Mustjala_vallavalitsus, lk 38
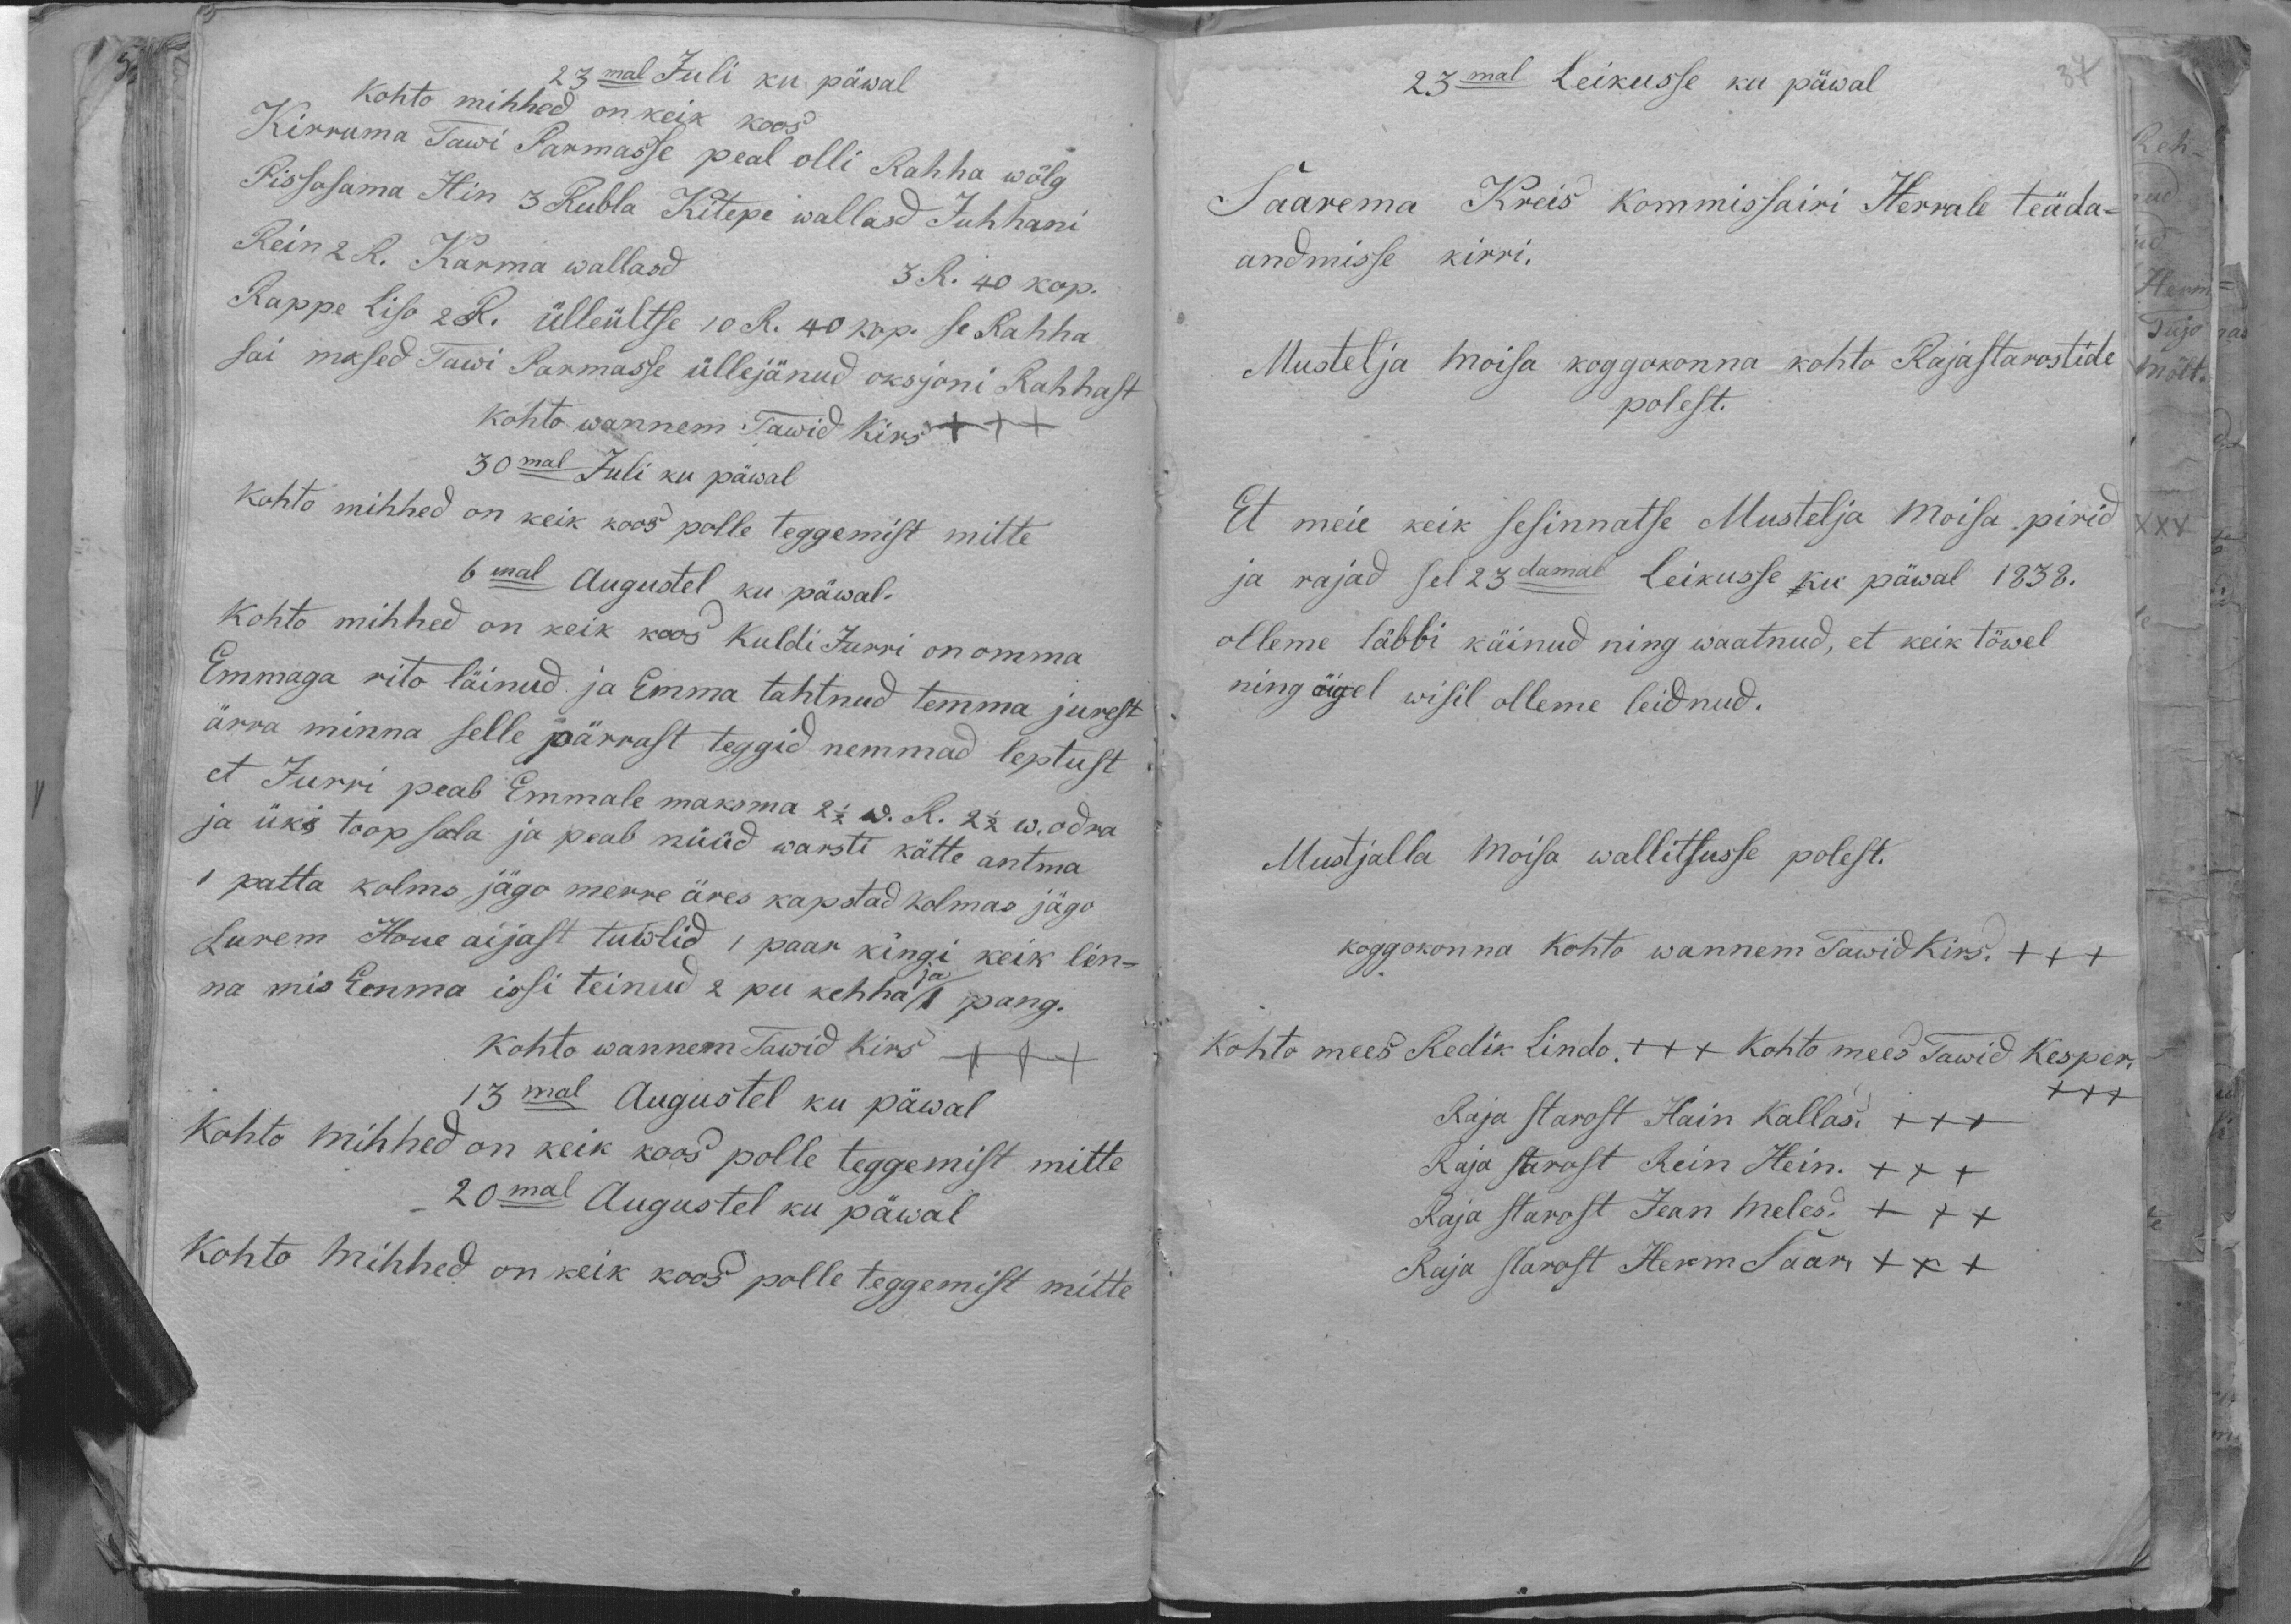
23mal Juli ku päwal
Kohto mihhed on keik koos
Kirruma Tawi Parmasse peal olli Rahha wölg
Pissosama Hin 3 Rubla Kitepe wallasd Juhhani
Rein 2 R Karma wallasd 3 R. 40 kop.
Rappe Liso 2 R. ülleültse 10 R. 40 kop. se Rahha
sai mksed Tawi Parmasse üllejänud oksjoni Rahhast
kohto wannem Tawid kirs +++
30mal Juli ku päwal
Kohto mihhed on keik koos polle teggemist mitte
6mal Augustel ku päwal-
kohto mihhed on keik koos Kuldi Jurri on omma
Emmaga rito läinud ja Emma tahtnud temma jurest
ärra minna selle pärrast teggid nemmad leptust
et Jurri peab Emmale maksma 2 1/2 w. R. 2 1/2 w. odra
ja üks toop sola ja peab nüüd warsti kätte antma
1 patta kolms jägo merre äres kapstad kolmas jägo
Lurem Houe aijast tuwlid 1 paar kingi keik lin-
na mis Emma issi teinud 2 pu kehha 1 pang.
Kohto wannem Tawid Kirs
13mal Augustel ku päwal
Kohto mihhed on keik koos polle teggemist mitte
20mal Augustel ku päwal
Kohto Mihhed on keik koos polle teggemist mitte

23mal Leikusse ku päwal
Saarema Kreis kommissairi Herrale teäda-
andmisse kirri.
Mustelja moisa koggokonna kohto Rajastarostide
polest.
Et meie keik sesinnatse Mustelja Moisa pirid
ja rajad sel 23damal leikusse ku päwal 1838.
olleme läbbi käinud ning waatnud, et keik tõwel
ning öigel wisil olleme leidnud.
Mustjalla Moisa walitsusse polest.
koggokonna kohto wannem Tawid Kirs. +++
Kohto mees Redik Lindo +++ Kohtomees Tawid Kesper
XXX
Raja starost Hain Kallas +++
Raja starost Rein Hein. +++
Raja starost Jean meles +++
Raja starost Herm Saar +++